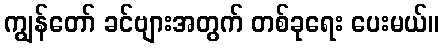
ကျွန်တော် ခင်ဗျားအတွက် တစ်ခုရေး ပေးမယ်။